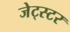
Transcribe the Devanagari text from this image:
जेट्स्टर